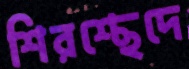
শিরশ্ছেদে